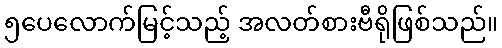
၅ပေလောက်မြင့်သည့် အလတ်စားဗီရိုဖြစ်သည်။